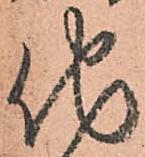
他